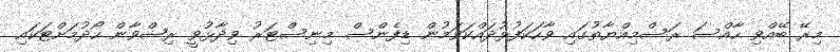
މިރޭ ބޭއްވި ހާއްސަ ރަސްމިއްޔާތުގައި ވާހަކަފުޅުދައްކަވަމުން ޑިފެންސް މިނިސްޓަރު ވިދާޅުވީ ރިޟްވާން ހޯދުމަށްޓަކައި